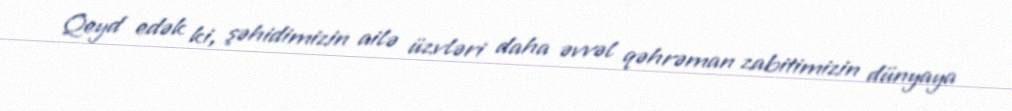
Qeyd edək ki, şəhidimizin ailə üzvləri daha əvvəl qəhrəman zabitimizin dünyaya